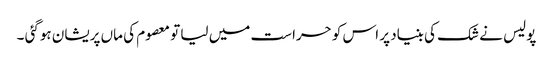
پولیس نے شک کی بنیاد پر اس کو حراست میں لیا تو معصوم کی ماں پریشان ہوگئی ۔